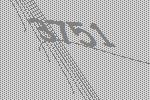
3751